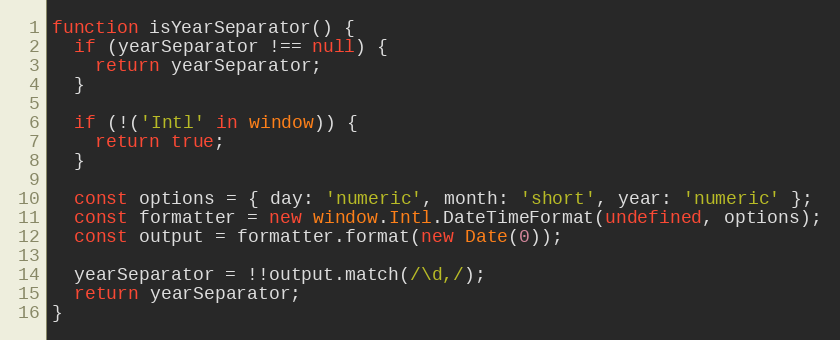
Language: JavaScript
function isYearSeparator() {
  if (yearSeparator !== null) {
    return yearSeparator;
  }

  if (!('Intl' in window)) {
    return true;
  }

  const options = { day: 'numeric', month: 'short', year: 'numeric' };
  const formatter = new window.Intl.DateTimeFormat(undefined, options);
  const output = formatter.format(new Date(0));

  yearSeparator = !!output.match(/\d,/);
  return yearSeparator;
}